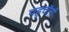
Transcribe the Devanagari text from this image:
पहुचॅती